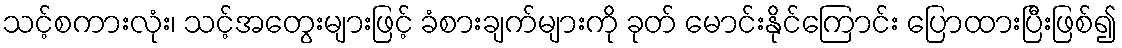
သင့်စကားလုံး၊ သင့်အတွေးများဖြင့် ခံစားချက်များကို ခုတ် မောင်းနိုင်ကြောင်း ပြောထားပြီးဖြစ်၍